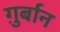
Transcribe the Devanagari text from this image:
ग़ुर्बान